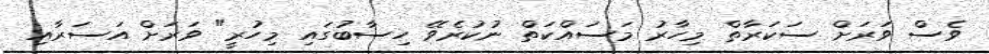
ވެސް ވަރަށް ސަކަރާތް މިހާރު މަސައްކަތް ނުކުރެވޭ ހިސާބުގައި މިހުރީ" ވަރަށް އަސަރާއި